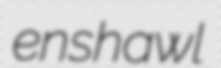
enshawl